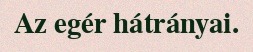
Az egér hátrányai.